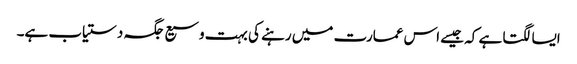
ایسا لگتا ہے کہ جیسے اس عمارت میں رہنے کی بہت وسیع جگہ دستیاب ہے۔